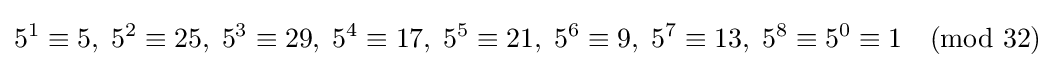
5^{1}\equiv 5,\;5^{2}\equiv 25,\;5^{3}\equiv 29,\;5^{4}\equiv 17,\;5^{5}\equiv 21,\;5^{6}\equiv 9,\;5^{7}\equiv 13,\;5^{8}\equiv 5^{0}\equiv 1{\pmod {32}}